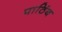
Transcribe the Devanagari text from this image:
पाठिंब